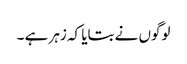
لوگوں نے بتایا کہ زہر ہے ۔